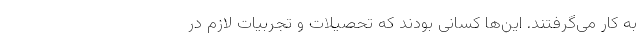
به کار می‌گرفتند. این‌ها کسانی بودند که تحصیلات‌ و تجربیات لازم در